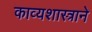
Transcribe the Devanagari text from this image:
काव्यशास्त्राने